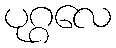
ပုဂ္ဂလေ